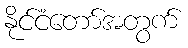
နိုင်ငံတော်အတွက်